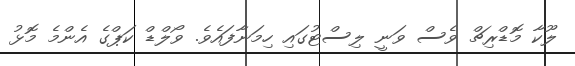
ލޫކާ މޮޑްރިޗް ވެސް ވަނީ ލިސްޓުގައި ހިމަނާފައެވެ. ވޯލްޑް ކަޕްގެ އެންމެ މޮޅު